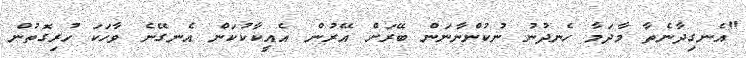
"އެނގިދާނެތާ މާދަމާ ހެނދުނު ނުކުންނާނަން ބޭރަށް އޭރުން އެއީކާކުކަން އެނގޭނެ ވާހަކަ ހުރިގޮތުން